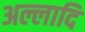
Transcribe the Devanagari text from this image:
अल्लादि